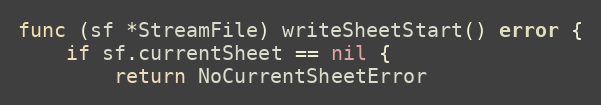
Language: Go
func (sf *StreamFile) writeSheetStart() error {
	if sf.currentSheet == nil {
		return NoCurrentSheetError